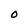
Character: O